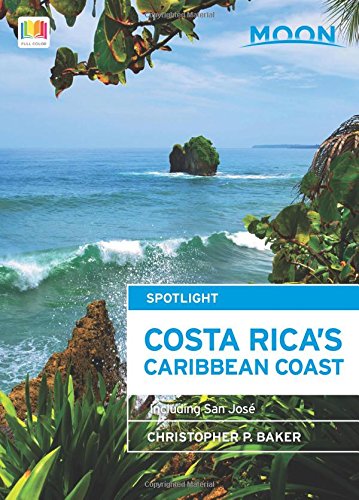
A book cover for Moon Spotlight Costa Rica's Caribbean Coast: Including San JosÃ©; Christopher P. Baker; Travel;